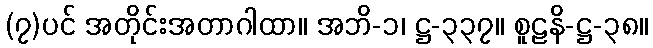
(၇)ပင် အတိုင်းအတာဂါထာ။ အဘိ-၁၊ ဋ္ဌ-၃၃၇။ စူဠနိ-ဋ္ဌ-၃၈။